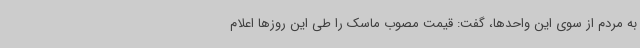
به مردم از سوی این واحدها، گفت: قیمت مصوب ماسک را طی این روزها اعلام